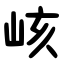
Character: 峐